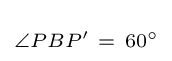
\scriptstyle \angle PBP'\ =\ 60^{\circ }